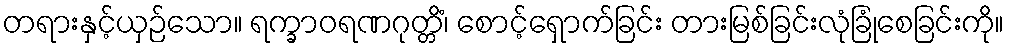
တရားနှင့်ယှဉ်သော။ ရက္ခာဝရဏဂုတ္တိံ၊ စောင့်ရှောက်ခြင်း တားမြစ်ခြင်းလုံခြုံစေခြင်းကို။